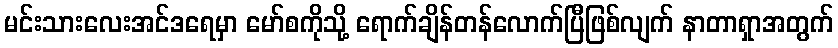
မင်းသားလေးအင်ဒရေမှာ မော်စကိုသို့ ရောက်ချိန်တန်လောက်ပြီဖြစ်လျက် နာတာရှာအတွက်